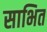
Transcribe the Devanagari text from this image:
साभित